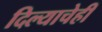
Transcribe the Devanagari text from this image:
दिल्याचेही